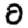
Digit: 0